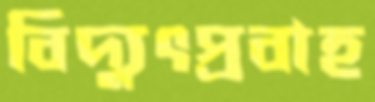
বিদ্যুৎপ্রবাহ